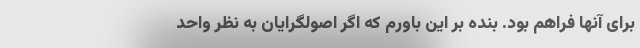
برای آنها فراهم بود. بنده بر این باورم که اگر اصولگرایان به نظر واحد